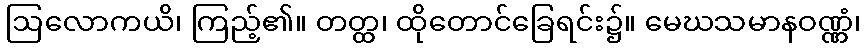
ဩလောကယိ၊ ကြည့်၏။ တတ္ထ၊ ထိုတောင်ခြေရင်း၌။ မေဃသမာနဝဏ္ဏံ၊